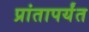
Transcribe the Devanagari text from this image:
प्रांतापर्यंत